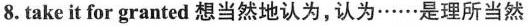
8.take it for granted想当然地认为，认为……是理所当然